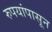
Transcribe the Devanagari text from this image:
रुपयांपासून